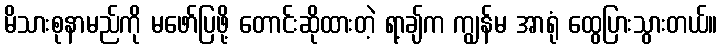
မိသားစုနာမည်ကို မဖော်ပြဖို့ တောင်းဆိုထားတဲ့ ရာ့ချ်က ကျွန်မ အာရုံ ထွေပြားသွားတယ်။